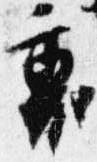
裏